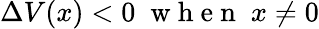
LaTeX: \Delta V(x)<0\; \mathrm{~w~h~e~n~}\; x\neq 0